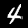
Label: 4